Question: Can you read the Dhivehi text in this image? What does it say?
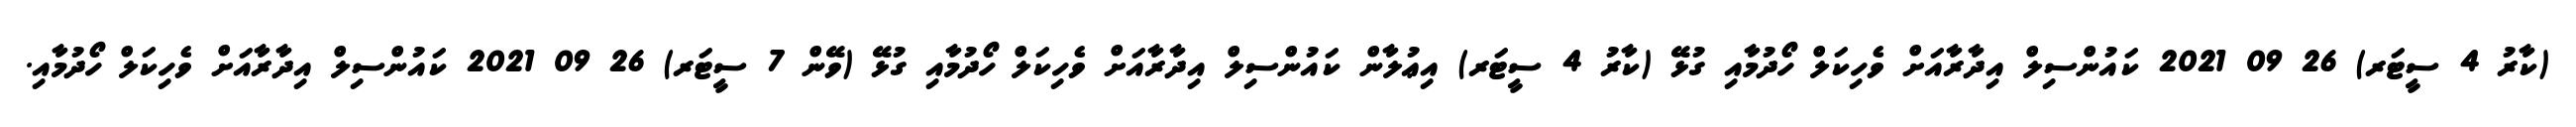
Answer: (ކާރު 4 ސީޓަރ) 26 09 2021 ކައުންސިލް އިދާރާއަށް ވެހިކަލް ހޯދުމާއި ގުޅޭ (ކާރު 4 ސީޓަރ) އިޢުލާން ކައުންސިލް އިދާރާއަށް ވެހިކަލް ހޯދުމާއި ގުޅޭ (ވޭން 7 ސީޓަރ) 26 09 2021 ކައުންސިލް އިދާރާއަށް ވެހިކަލް ހޯދުމާއި.